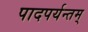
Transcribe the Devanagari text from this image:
पादपर्यन्तम्‌